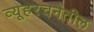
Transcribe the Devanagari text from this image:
व्यूहरचनेतील